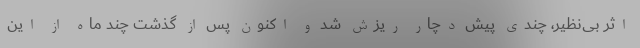
اثر بی‌نظیر، چندی پیش دچار ریزش شد و اکنون پس از گذشت چند ماه از این